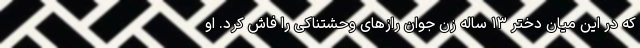
که در این میان دختر ۱۳ ساله زن جوان راز‌های وحشتناکی را فاش کرد. او